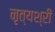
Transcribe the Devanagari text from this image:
नृत्यश्री